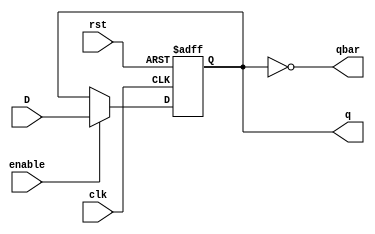
// D flip flop With Asynchronous Reset
module D_ff(input D,rst,clk,enable,
          output reg q,
		  output qbar);
		  
always @(posedge clk or negedge rst) 
 begin
   if(!rst)
       q=1'b0;
	else if(enable) 
	  q<=D;
	else
	  q<=q;
 end
 
    assign qbar=~q;
endmodule